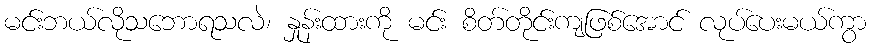
မင်းဘယ်လိုသဘောရသလဲ၊ နှုန်းထားကို မင်း စိတ်တိုင်းကျဖြစ်အောင် လုပ်ပေးမယ်ကွာ